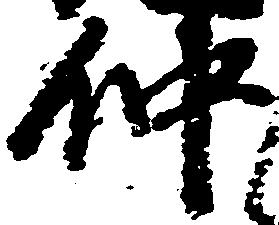
仲